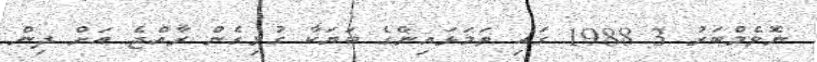
ނޮވެމްބަރު 3 1988 ގައި ތަމަޅައިންގެ ބަޔަކާ ގުޅިގެން ރާއްޖެ އަށް ދިން